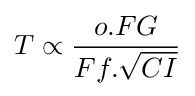
T\propto {\frac {o.FG}{Ff.{\sqrt {CI}}}}